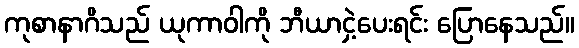
ကုစာနာဂိသည် ယုကာဝါကို ဘီယာငှဲ့ပေးရင်း ပြောနေသည်။